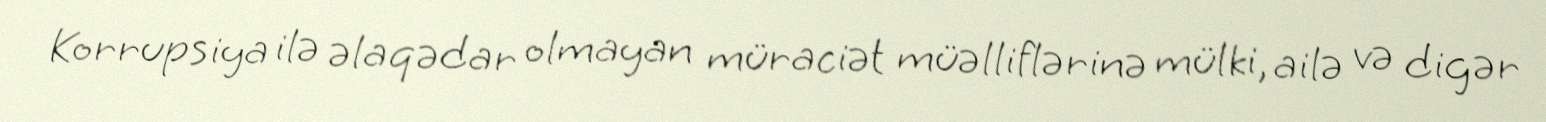
Korrupsiya ilə əlaqədar olmayan müraciət müəlliflərinə mülki, ailə və digər